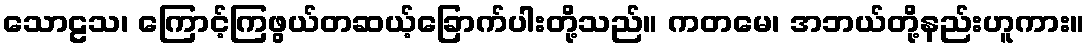
သောဠသ၊ ကြောင့်ကြဖွယ်တဆယ့်ခြောက်ပါးတို့သည်။ ကတမေ၊ အဘယ်တို့နည်းဟူကား။